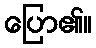
ပြော၏။